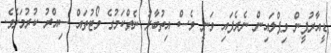
ޑީއާރުޕީން ވިޕްލައިން ނެރެފައި ވަނީ ވެސް އިތުބާރު ނެތްކަމުގެ ވޯޓުތައް ސިއްރު ކުރުމަށެވެ.